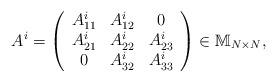
LaTeX: \begin{align*}A^{i}=\left(\begin{array}{ccc}A_{11}^{i}&A_{12}^{i}&0\\A_{21}^{i}&A_{22}^{i}&A_{23}^{i}\\0&A_{32}^{i}&A_{33}^{i}\\\end{array}\right)\in\mathbb{M}_{N\times N},\end{align*}